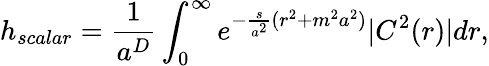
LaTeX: h_{scalar}=\frac{1}{a^{D}}\int_{0}^{\infty}e^{-\frac{s}{a^{2}}(r^{2}+m^{2}a^{2})}|C^{2}(r)|dr,